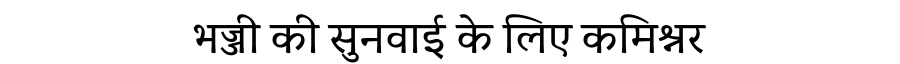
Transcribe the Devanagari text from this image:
भज्जी की सुनवाई के लिए कमिश्नर